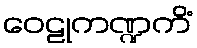
ဝေဠုကဏ္ဍကိံ